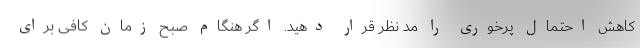
کاهش احتمال پرخوری را مد نظر قرار دهید. اگر هنگام صبح زمان کافی برای